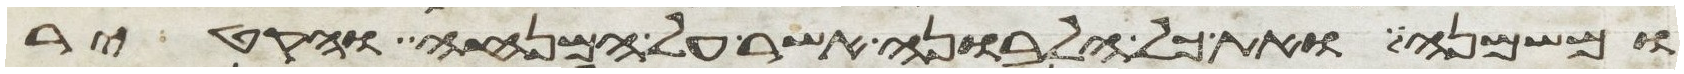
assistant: ומשמנה ואת כל הלבונה אשר על המנחה והקטיר